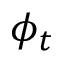
\phi _ { t }